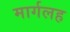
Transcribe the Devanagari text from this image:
मार्गलह